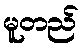
မူတည်